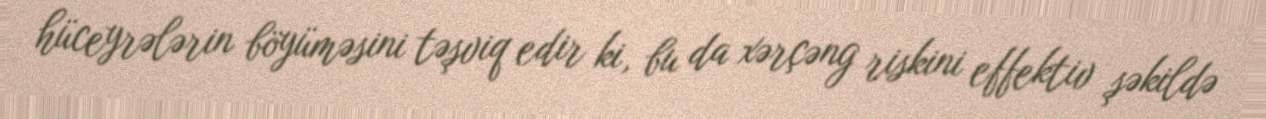
hüceyrələrin böyüməsini təşviq edir ki, bu da xərçəng riskini effektiv şəkildə